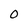
Character: 0